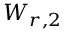
W _ { r , 2 }